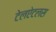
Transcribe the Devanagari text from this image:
टेलऐटलस